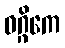
ဝဂ္ဂိကေ